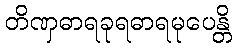
တိဏှဓာရခုရဓာရမုပေန္တိ